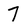
Character: 7